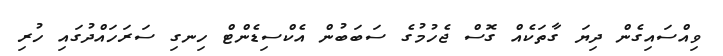
ވިއްސައިގެން ދިޔަ ގާތަކެއް ގޮސް ޖެހުމުގެ ސަބަބުން އެކްސިޑެންޓް ހިނގި ސަރަހައްދުގައި ހުރި